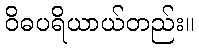
ဝိဓပရိယာယ်တည်း။